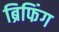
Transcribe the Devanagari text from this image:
ब्रिफिंग